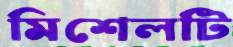
মিশেলটি